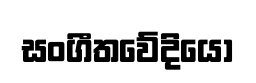
සංගීතවේදියෝ